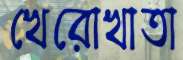
খেরোখাতা